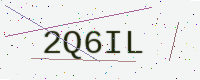
Text: 2Q6IL